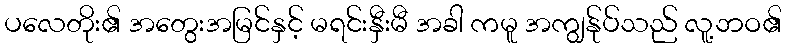
ပလေတိုး၏ အတွေးအမြင်နှင့် မရင်းနှီးမီ အခါ ကမူ အကျွန်ုပ်သည် လူ့ဘဝ၏